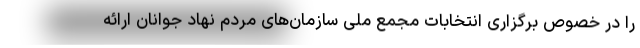
را در خصوص برگزاری انتخابات مجمع ملی سازمان‌های مردم نهاد جوانان ارائه